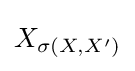
X_{\sigma (X,X')}